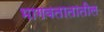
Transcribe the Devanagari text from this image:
भागवतातातील